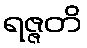
ရဇ္ဇတိ